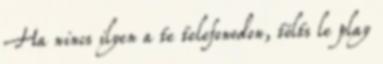
Ha nincs ilyen a te telefonodon, tölts le play